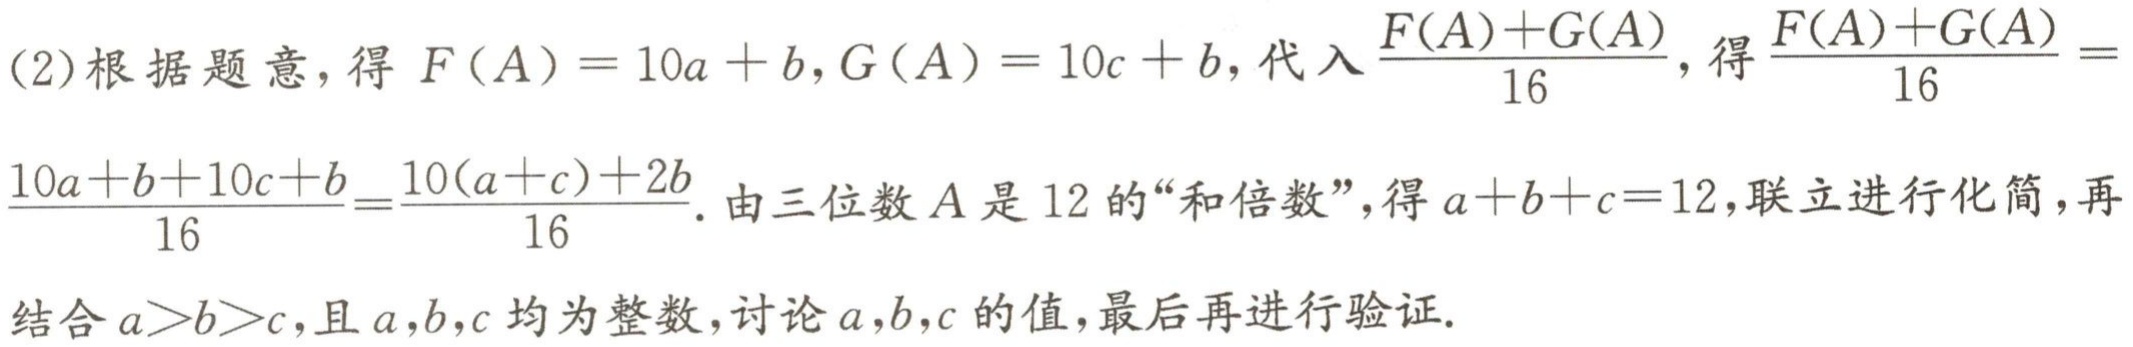
(2)根据题意，得 \(F(A)=10a + b,G(A)=10c + b\)，代入\(\frac{F(A)+G(A)}{16}\)，得\(\frac{F(A)+G(A)}{16} = \frac{10a + b + 10c + b}{16}=\frac{10(a + c)+2b}{16}\). 由三位数\(A\)是\(12\)的“和倍数”，得\(a + b + c = 12\)，联立进行化简，再结合\(a>b>c\)，且\(a,b,c\)均为整数，讨论\(a,b,c\)的值，最后再进行验证.